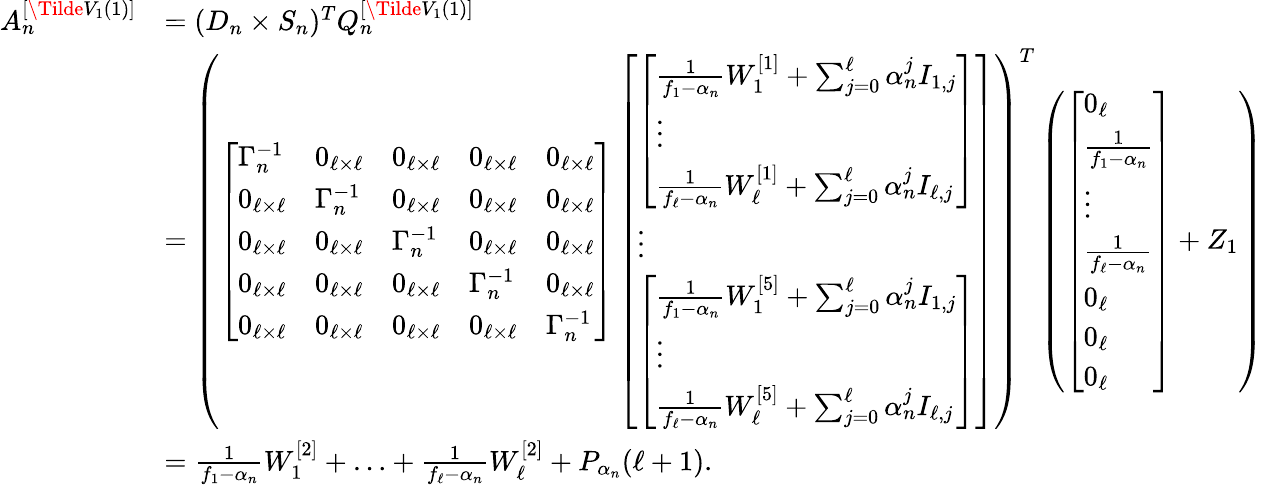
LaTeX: \begin{array}{rl}{A_{n}^{[\Tilde{V}_{1}(1)]}}&{=(D_{n}\times S_{n})^{T}Q_{n}^{[\Tilde{V}_{1}(1)]}}\\ &{=\left(\left[\begin{array}{lllll}{\Gamma_{n}^{-1}}&{0_{\ell\times\ell}}&{0_{\ell\times\ell}}&{0_{\ell\times\ell}}&{0_{\ell\times\ell}}\\ {0_{\ell\times\ell}}&{\Gamma_{n}^{-1}}&{0_{\ell\times\ell}}&{0_{\ell\times\ell}}&{0_{\ell\times\ell}}\\ {0_{\ell\times\ell}}&{0_{\ell\times\ell}}&{\Gamma_{n}^{-1}}&{0_{\ell\times\ell}}&{0_{\ell\times\ell}}\\ {0_{\ell\times\ell}}&{0_{\ell\times\ell}}&{0_{\ell\times\ell}}&{\Gamma_{n}^{-1}}&{0_{\ell\times\ell}}\\ {0_{\ell\times\ell}}&{0_{\ell\times\ell}}&{0_{\ell\times\ell}}&{0_{\ell\times\ell}}&{\Gamma_{n}^{-1}}\end{array}\right]\left[\begin{array}{l}{\left[\begin{array}{l}{\frac{1}{f_{1}-\alpha_{n}}W_{1}^{[1]}+\sum_{j=0}^{\ell}\alpha_{n}^{j}I_{1,j}}\\ {\vdots}\\ {\frac{1}{f_{\ell}-\alpha_{n}}W_{\ell}^{[1]}+\sum_{j=0}^{\ell}\alpha_{n}^{j}I_{\ell,j}}\end{array}\right]}\\ {\vdots}\\ {\left[\begin{array}{l}{\frac{1}{f_{1}-\alpha_{n}}W_{1}^{[5]}+\sum_{j=0}^{\ell}\alpha_{n}^{j}I_{1,j}}\\ {\vdots}\\ {\frac{1}{f_{\ell}-\alpha_{n}}W_{\ell}^{[5]}+\sum_{j=0}^{\ell}\alpha_{n}^{j}I_{\ell,j}}\end{array}\right]}\end{array}\right]\right)^{T}\left(\left[\begin{array}{l}{0_{\ell}}\\ {\frac{1}{f_{1}-\alpha_{n}}}\\ {\vdots}\\ {\frac{1}{f_{\ell}-\alpha_{n}}}\\ {0_{\ell}}\\ {0_{\ell}}\\ {0_{\ell}}\end{array}\right]+Z_{1}\right)}\\ &{=\frac{1}{f_{1}-\alpha_{n}}W_{1}^{[2]}+\dotsc+\frac{1}{f_{\ell}-\alpha_{n}}W_{\ell}^{[2]}+P_{\alpha_{n}}(\ell+1).}\end{array}